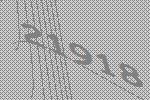
21918